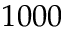
1 0 0 0